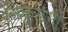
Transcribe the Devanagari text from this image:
सिकुड़ेगी